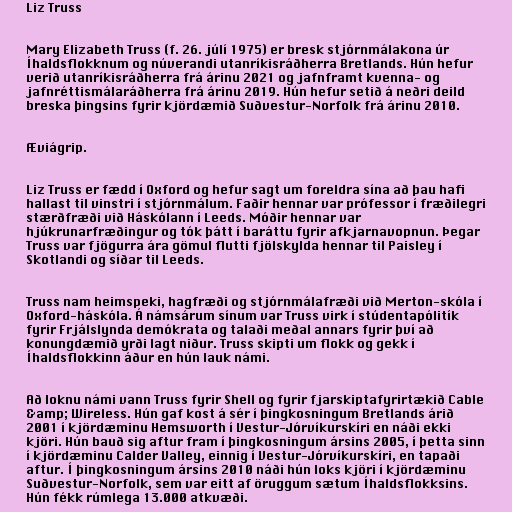
Liz Truss

Mary Elizabeth Truss (f. 26. júlí 1975) er bresk stjórnmálakona úr
Íhaldsflokknum og núverandi utanríkisráðherra Bretlands. Hún hefur
verið utanríkisráðherra frá árinu 2021 og jafnframt kvenna- og
jafnréttismálaráðherra frá árinu 2019. Hún hefur setið á neðri deild
breska þingsins fyrir kjördæmið Suðvestur-Norfolk frá árinu 2010.

Æviágrip.

Liz Truss er fædd í Oxford og hefur sagt um foreldra sína að þau hafi
hallast til vinstri í stjórnmálum. Faðir hennar var prófessor í fræðilegri
stærðfræði við Háskólann í Leeds. Móðir hennar var
hjúkrunarfræðingur og tók þátt í baráttu fyrir afkjarnavopnun. Þegar
Truss var fjögurra ára gömul flutti fjölskylda hennar til Paisley í
Skotlandi og síðar til Leeds.

Truss nam heimspeki, hagfræði og stjórnmálafræði við Merton-skóla í
Oxford-háskóla. Á námsárum sínum var Truss virk í stúdentapólitík
fyrir Frjálslynda demókrata og talaði meðal annars fyrir því að
konungdæmið yrði lagt niður. Truss skipti um flokk og gekk í
Íhaldsflokkinn áður en hún lauk námi.

Að loknu námi vann Truss fyrir Shell og fyrir fjarskiptafyrirtækið Cable
&amp; Wireless. Hún gaf kost á sér í þingkosningum Bretlands árið
2001 í kjördæminu Hemsworth í Vestur-Jórvíkurskíri en náði ekki
kjöri. Hún bauð sig aftur fram í þingkosningum ársins 2005, í þetta sinn
í kjördæminu Calder Valley, einnig í Vestur-Jórvíkurskíri, en tapaði
aftur. Í þingkosningum ársins 2010 náði hún loks kjöri í kjördæminu
Suðvestur-Norfolk, sem var eitt af öruggum sætum Íhaldsflokksins.
Hún fékk rúmlega 13.000 atkvæði.